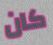
كان